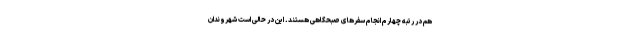
هم در رتبه چهارم انجام سفرهای صبحگاهی هستند. این در حالی است شهروندان